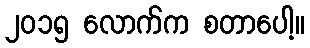
၂၀၁၅ လောက်က စတာပေါ့။